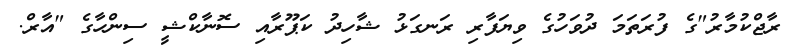
ރާޖްކުމާރު"ގެ ފުރަތަމަ ދުވަހުގެ ވިޔަފާރި ރަނގަޅު ޝާހިދު ކަޕޫރާއި ސޮނާކްޝީ ސިންހާގެ "އާރް.